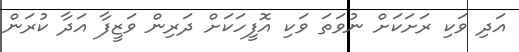
އަދި ވަކި ރަށަކަށް ނުވަތަ ވަކި އޮފީހަކަށް ދަރިން ވަޒީފާ އަދާ ކުރަން